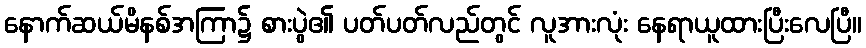
နောက်ဆယ်မိနစ်အကြာ၌ စားပွဲ၏ ပတ်ပတ်လည်တွင် လူအားလုံး နေရာယူထားပြီးလေပြီ။